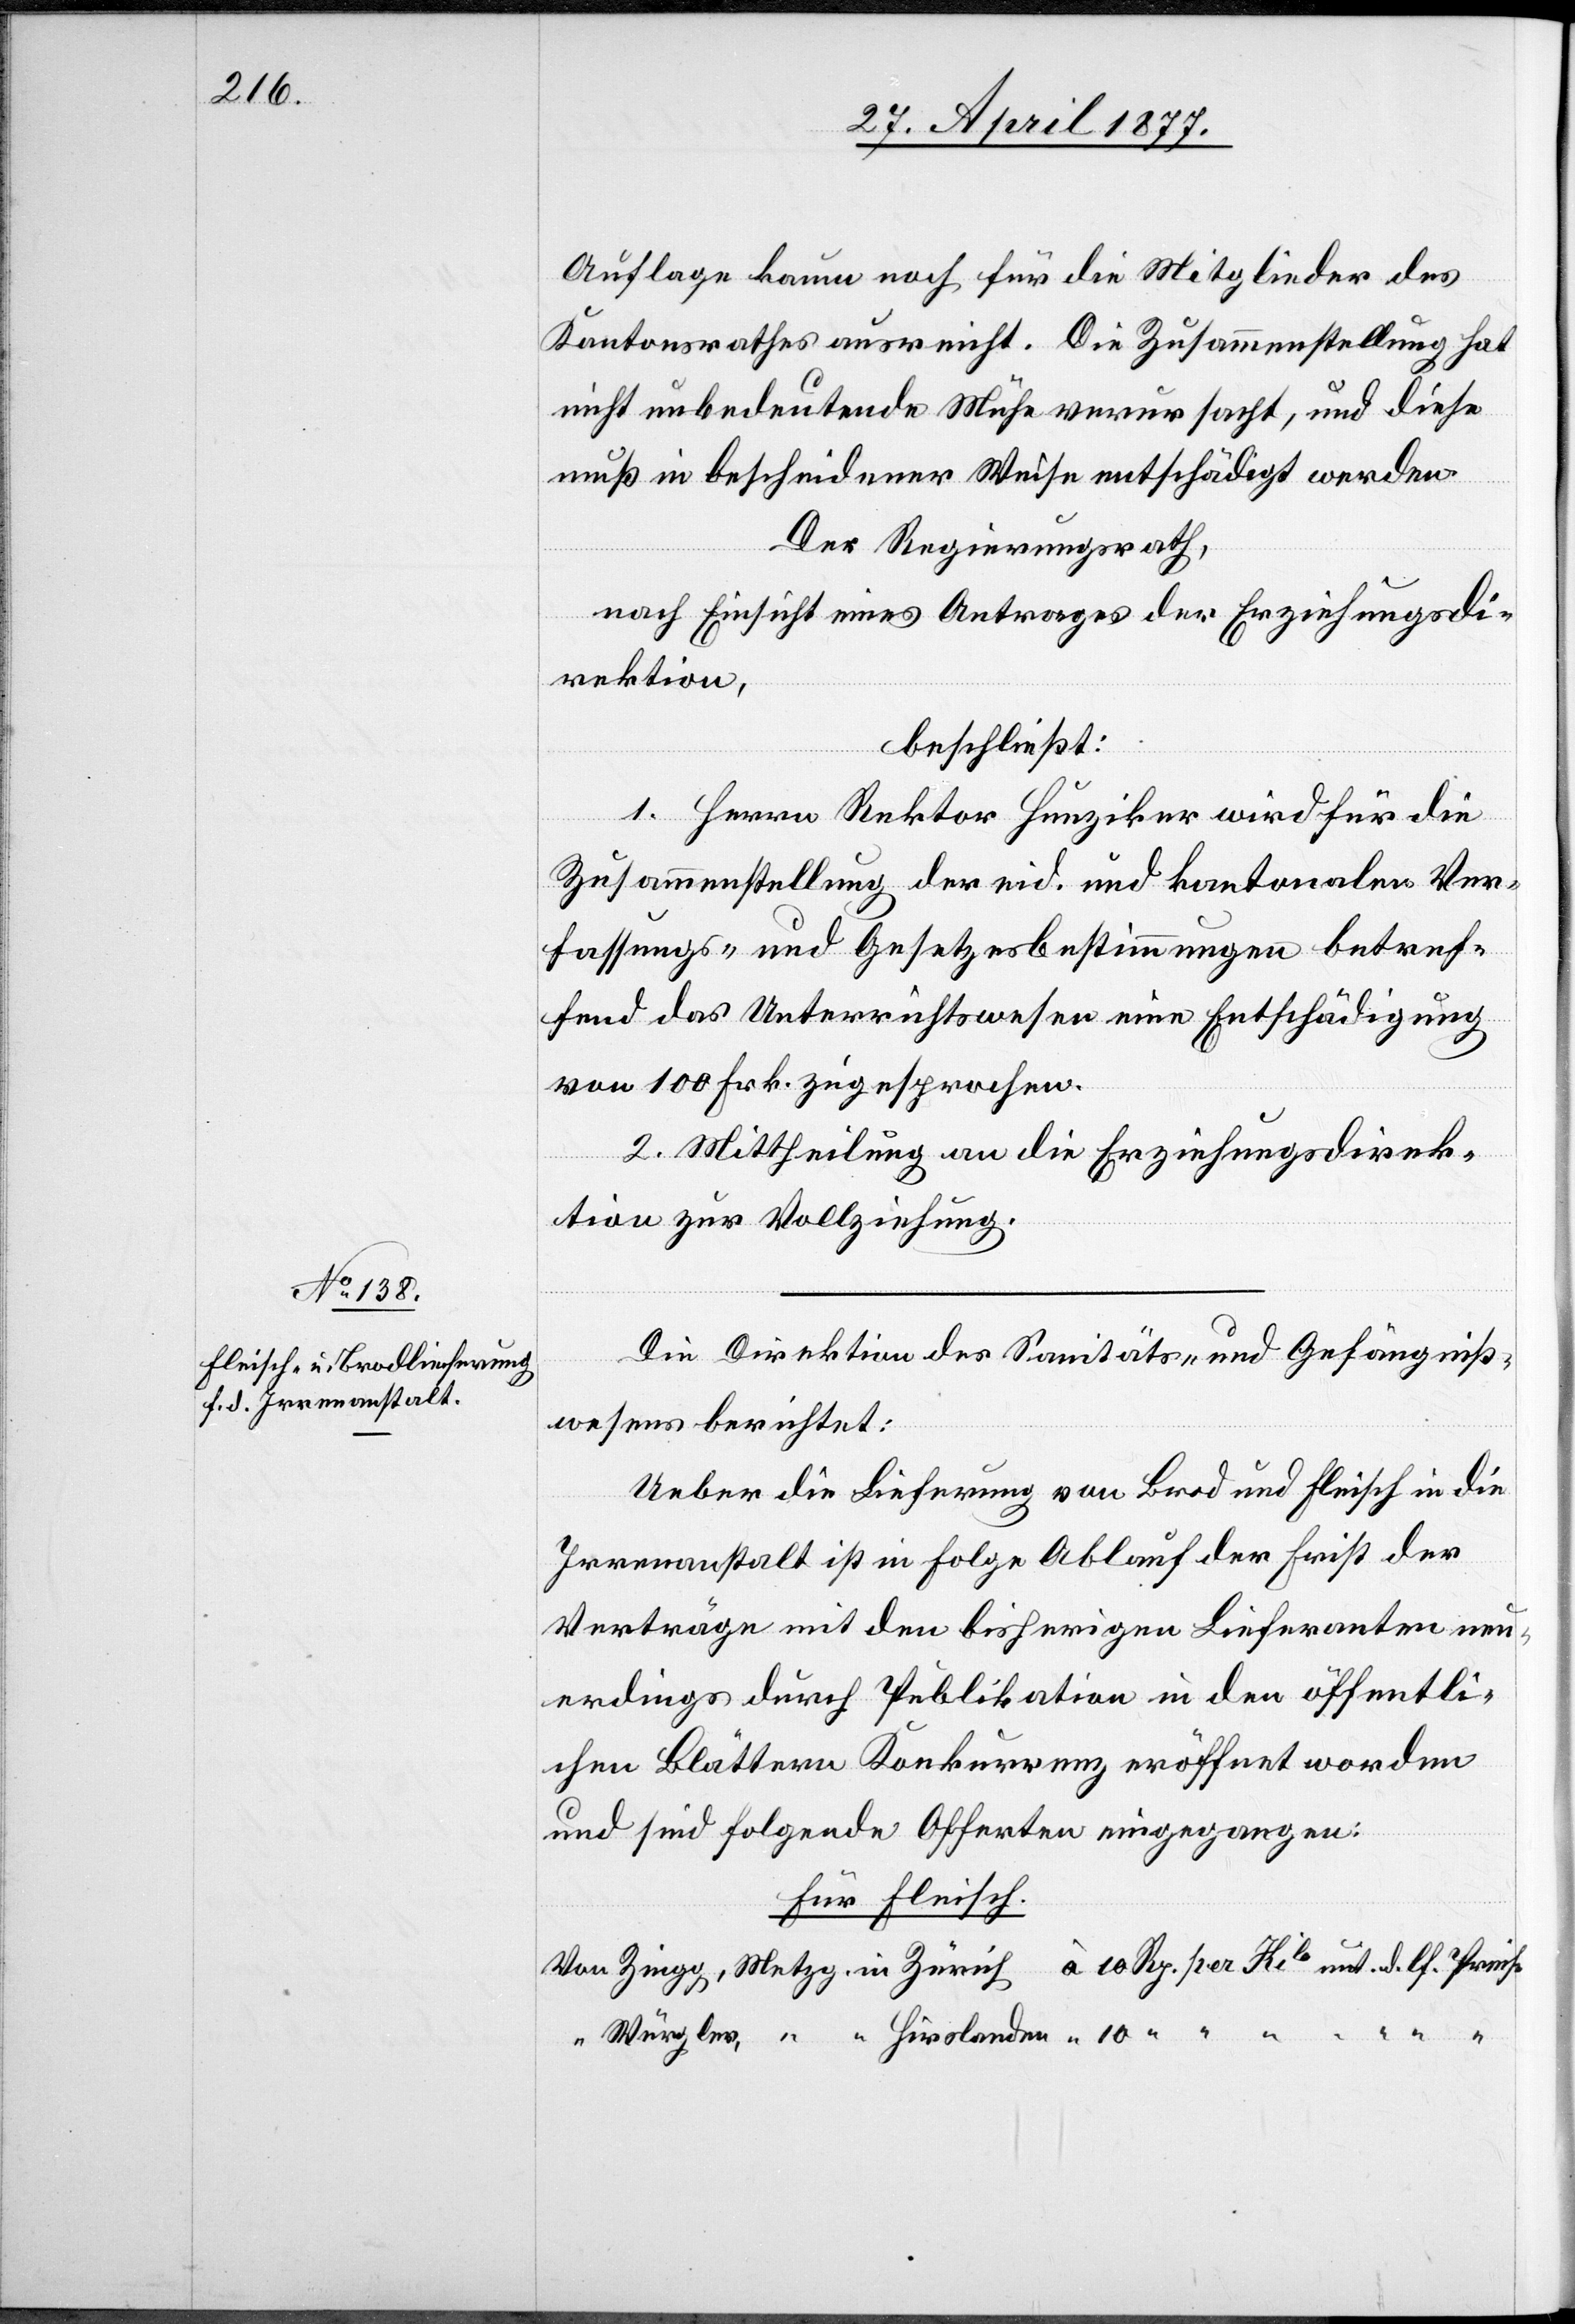
Auflage kaum noch für die Mitglieder des
Kantonsrathes ausreicht. Die Zusammenstellung hat
nicht unbedeutende Mühe verursacht, und diese
muß in bescheidener Weise entschädigt werden.
Hirslan¬
Der Regierungsrath,
nach Einsicht eines Antrages der Erziehungsdi¬
rektion,
lf.
beschließt:
1. Herrn Rektor Hunziker wird für die
Zusammenstellung der eid. und kantonalen Ver¬
fassungs- und Gesetzesbestimmungen betref¬
fend das Unterrichtswesen eine Entschädigung
von 100 Frk. zugesprochen.
un¬
2. Mittheilung an die Erziehungsdirek¬
tion zur Vollziehung.
Die Direktion des Sanitäts- und Gefängniß¬
wesens berichtet:
Ueber die Lieferung von Brod und Fleisch in die
Irrenanstalt ist in Folge Ablauf der Frist der
Verträge mit den bisherigen Lieferanten neu¬
erdings durch Publikation in den öffentli¬
chen Blättern Konkurrenz eröffnet worden
und sind folgende Offerten eingegangen:
Für Fleisch.

den